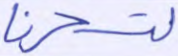
لتسحرنا